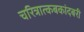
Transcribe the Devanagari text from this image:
चरित्रात्कबकांदबरी